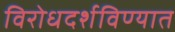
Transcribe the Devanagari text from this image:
विरोधदर्शविण्यात